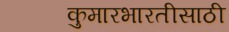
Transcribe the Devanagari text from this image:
कुमारभारतीसाठी